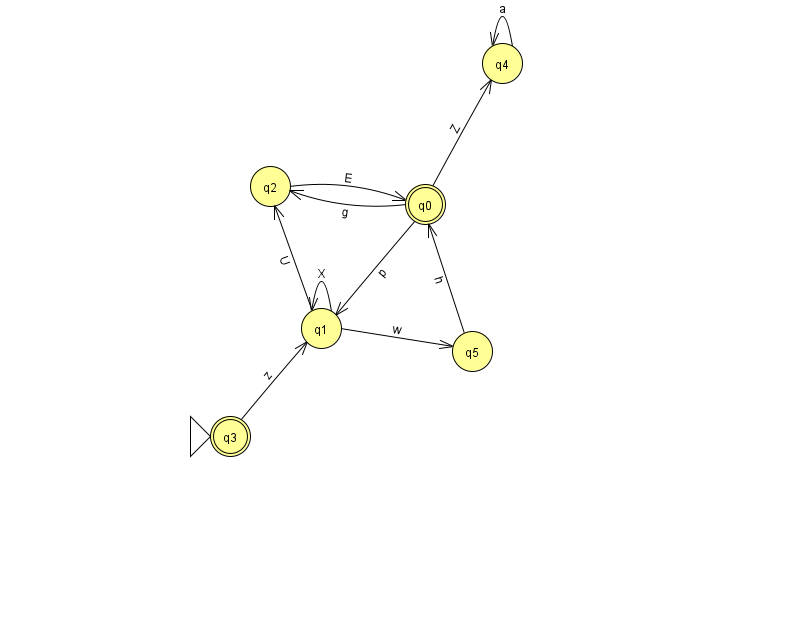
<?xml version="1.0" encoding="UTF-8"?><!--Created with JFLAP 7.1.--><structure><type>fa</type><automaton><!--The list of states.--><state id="0" name="q0"><x>425.0</x><y>191.0</y><final/></state><state id="1" name="q1"><x>321.0</x><y>315.0</y></state><state id="2" name="q2"><x>270.0</x><y>173.0</y></state><state id="3" name="q3"><x>230.0</x><y>423.0</y><initial/><final/></state><state id="4" name="q4"><x>502.0</x><y>50.0</y></state><state id="5" name="q5"><x>472.0</x><y>338.0</y></state><!--The list of transitions.--><transition><from>4</from><to>4</to><read>a</read></transition><transition><from>3</from><to>1</to><read>z</read></transition><transition><from>0</from><to>4</to><read>Z</read></transition><transition><from>1</from><to>2</to><read>U</read></transition><transition><from>0</from><to>1</to><read>p</read></transition><transition><from>1</from><to>1</to><read>X</read></transition><transition><from>1</from><to>5</to><read>w</read></transition><transition><from>2</from><to>0</to><read>E</read></transition><transition><from>0</from><to>2</to><read>g</read></transition><transition><from>5</from><to>0</to><read>h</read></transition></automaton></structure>